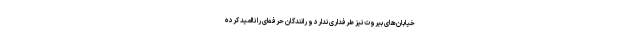
خیابان‌های بیروت نیز طرفداری ندارد و رانندگان حرفه‌ای را ناامید کرده